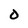
Character: 0